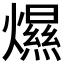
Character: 𤐴